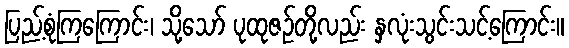
ပြည့်စုံကြကြောင်း၊ သို့သော် ပုထုဇဉ်တို့လည်း နှလုံးသွင်းသင့်ကြောင်း။